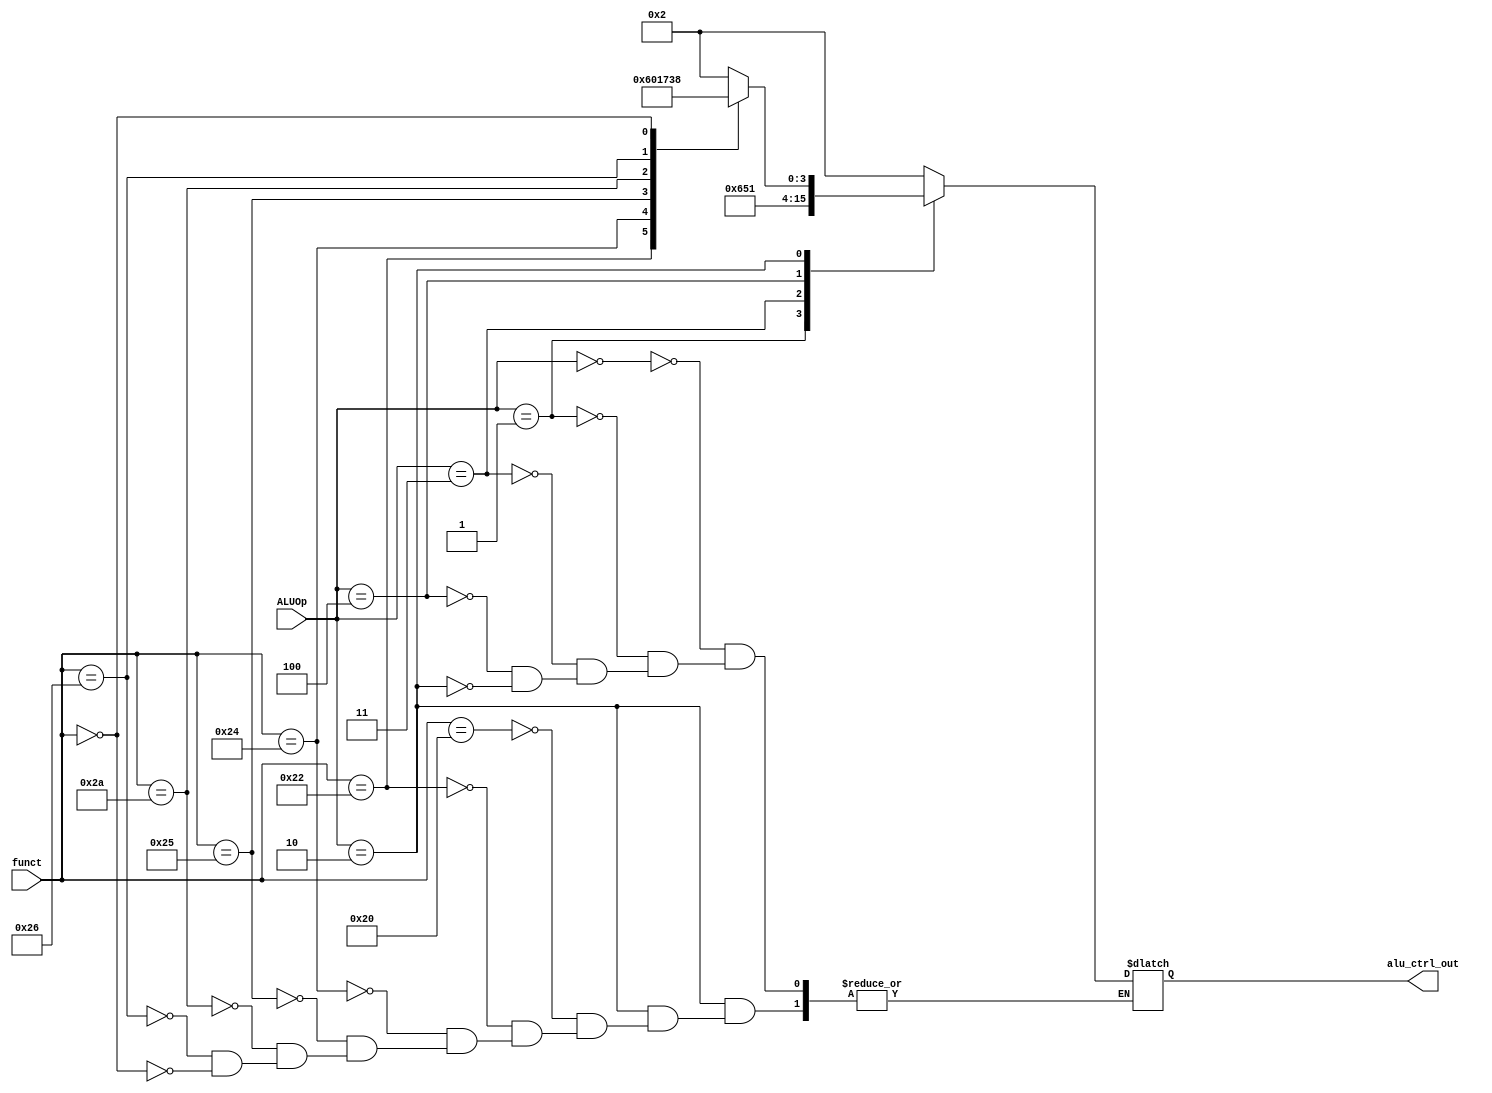
module alu_ctrl(funct, ALUOp, alu_ctrl_out);
    input       [5:0] funct;
    input       [2:0] ALUOp;
    output reg  [3:0] alu_ctrl_out;

    // ALUOp to discriminate
    parameter LW     = 3'b000;       // LW, SW, ADDI and ADDIU share the same operation type in ALU(all 'ADD')
    parameter SW     = 3'b000;
    parameter ADDI   = 3'b000;
    parameter ADDIU  = 3'b000;
    parameter BEQ    = 3'b001;
    parameter LUI    = 3'b011;
    parameter ORI    = 3'b100;
    parameter R_TYPE = 3'b010;

    // funct to discriminate
    parameter ADD  = 6'b100000;
    parameter SUB  = 6'b100010;
    parameter AND  = 6'b100100;
    parameter OR   = 6'b100101;
    parameter SLT  = 6'b101010;
    parameter XOR  = 6'b100110;
    parameter SLL  = 6'b000000;

    always @(*) 
    begin
        case(ALUOp)
            LW     : alu_ctrl_out = 4'b0010;
            SW     : alu_ctrl_out = 4'b0010;
            BEQ    : alu_ctrl_out = 4'b0110;
            LUI    : alu_ctrl_out = 4'b0101;
            ORI    : alu_ctrl_out = 4'b0001;    // ORI and OR share the same operation in ALU
            R_TYPE:
            begin
                case(funct)
                    ADD  : alu_ctrl_out = 4'b0010;
                    SUB  : alu_ctrl_out = 4'b0110;
                    AND  : alu_ctrl_out = 4'b0000;
                    OR   : alu_ctrl_out = 4'b0001;
                    SLT  : alu_ctrl_out = 4'b0111;
                    XOR  : alu_ctrl_out = 4'b0011;
                    SLL  : alu_ctrl_out = 4'b1000;
                endcase
            end
        endcase    
    end
endmodule